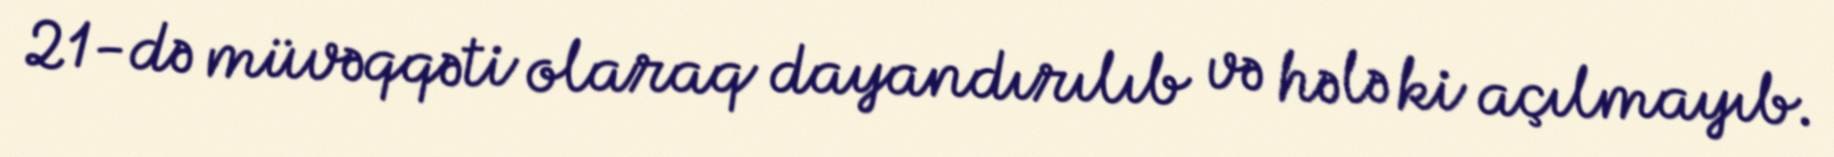
21-də müvəqqəti olaraq dayandırılıb və hələ ki açılmayıb.